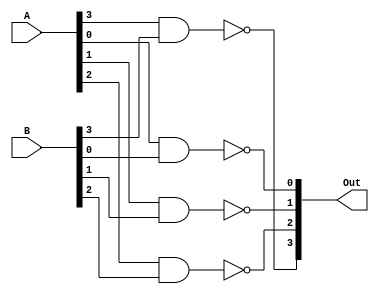
module ttl7400(Out, A, B);
    output [3:0] Out;
    input [3:0] A;
    input [3:0] B;

    // ON 74LS00 datasheets (turn-on, turn-off)
    nand #(0:10:15,0:9:15) (Out[0], A[0], B[0]);
    nand #(0:10:15,0:9:15) (Out[1], A[1], B[1]);
    nand #(0:10:15,0:9:15) (Out[2], A[2], B[2]);
    nand #(0:10:15,0:9:15) (Out[3], A[3], B[3]);
endmodule